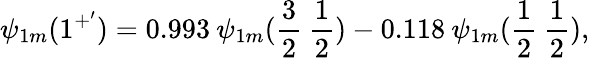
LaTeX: \psi_{1m}(1^{+^{\prime}})=0.993\: \psi_{1m}(\frac{3}{2}\: \frac{1}{2})-0.118\: \psi_{1m}(\frac{1}{2}\: \frac{1}{2}),